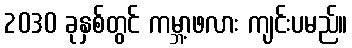
2030 ခုနှစ်တွင် ကမ္ဘာ့ဖလား ကျင်းပမည်။